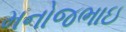
મનોજભાઇ